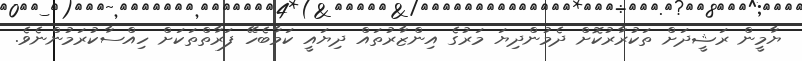
ޔާމީން ރަޝީދަށް ތަކުރާރުކޮށް ދެމުންދިޔަ މަރުގެ އިންޒާރުތައް ދިޔައީ ކަމާބެހޭ ފަރާތްތަކަށް ހިއްސާކުރަމުންނެވެ.